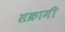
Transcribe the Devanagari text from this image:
सक्रामी